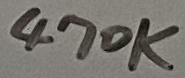
Text: 470K